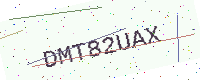
Text: DMT82UAX